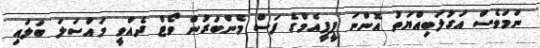
ނަމަވެސް އަގުލަބިއްޔަތު އޮންނަ ޕީޕީއެމްގެ ފަސް މެންބަރުން ވޯޓް ދެއްވީ މައްސަލަ ބަލައި